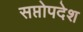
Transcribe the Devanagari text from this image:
सप्तोपदेश